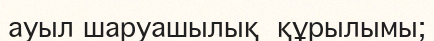
ауыл шаруашылық  құрылымы;